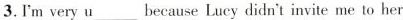
3.I'm very u___ because Lucy didn't invite me to her